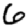
Digit: 6